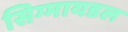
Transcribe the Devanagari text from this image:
सिग्मायडल